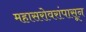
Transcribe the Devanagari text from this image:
महासरोवरांपासून